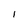
Character: 1